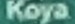
Koya